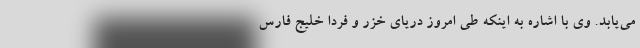
می‌یابد. وی با اشاره به اینکه طی امروز دریای خزر و فردا خلیج فارس